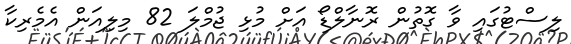
ލިސްޓުގައި ވާ ގޮތުން ރޮނާލްޑޯ އަށް މުޅި ޖުމްލަ 82 މިލިއަން އެމެރިކާ